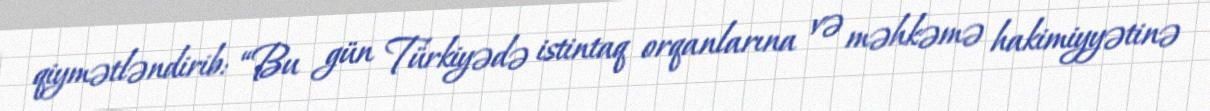
qiymətləndirib: “Bu gün Türkiyədə istintaq orqanlarına və məhkəmə hakimiyyətinə